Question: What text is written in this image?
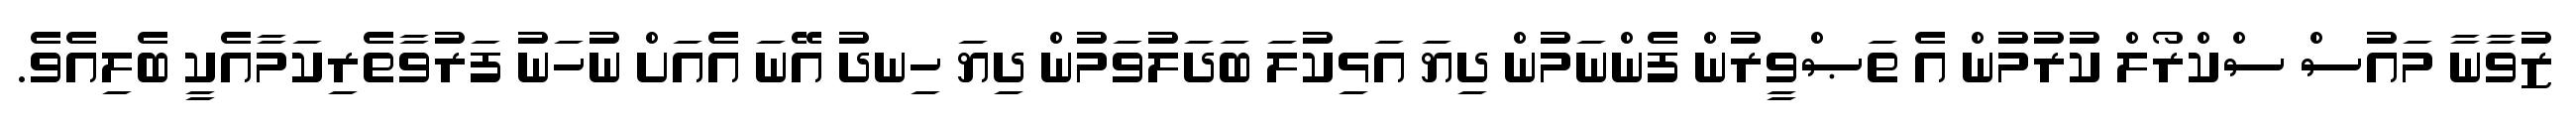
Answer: ޒުވާނާ މައުސް ސްކްރޯލް ކުރުމުން އެ ތަޞްވީރުން ފެންނަމުން ދިޔަ އަޅިކުލަ ބަދަލުވަމުން ދިޔަ ހިނދު އޭނަ އެއަށް ނުހަނު ފަރުވާތެރިކަމާއެކީ ބެލިއެވެ.